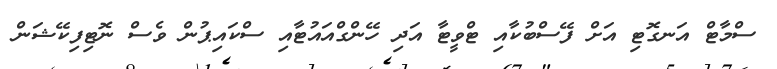
ސްމާޓް އަނގޮޓި އަށް ފޭސްބުކާއި ޓްވީޓާ އަދި ހޭންގްއައުޓާއި ސްކައިޕުން ވެސް ނޮޓިފިކޭޝަން